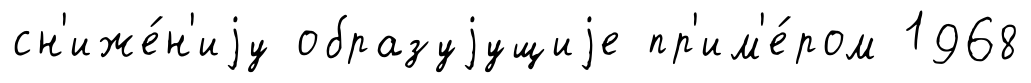
сн'иже́н'иjу образуjущиjе пр'им'е́ром 1968